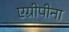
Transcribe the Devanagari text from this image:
एग्रीपीना